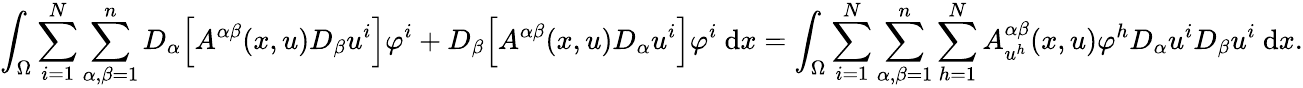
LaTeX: \int_{\Omega}\sum_{i=1}^{N}\sum_{\alpha,\beta=1}^{n}D_{\alpha}\Big[A^{\alpha\beta}(x,u)D_{\beta}u^{i}\Big]\varphi^{i}+D_{\beta}\Big[A^{\alpha\beta}(x,u)D_{\alpha}u^{i}\Big]\varphi^{i}\ \mathrm{d}x=\int_{\Omega}\sum_{i=1}^{N}\sum_{\alpha,\beta=1}^{n}\sum_{h=1}^{N}A_{u^{h}}^{\alpha\beta}(x,u)\varphi^{h}D_{\alpha}u^{i}D_{\beta}u^{i}\ \mathrm{d}x.